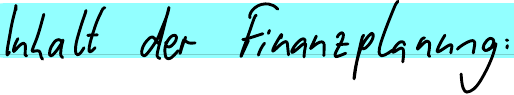
Inhalt der Finanzplanung: